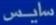
ساینس